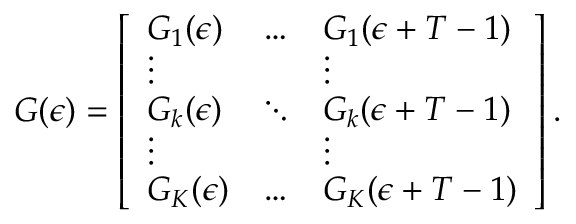
G ( \epsilon ) = \left[ \begin{array} { l l l } { G _ { 1 } ( \epsilon ) } & { \dots } & { G _ { 1 } ( \epsilon + T - 1 ) } \\ { \vdots } & & { \vdots } \\ { G _ { k } ( \epsilon ) } & { \ddots } & { G _ { k } ( \epsilon + T - 1 ) } \\ { \vdots } & & { \vdots } \\ { G _ { K } ( \epsilon ) } & { \dots } & { G _ { K } ( \epsilon + T - 1 ) } \end{array} \right] .